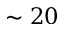
\sim 2 0